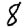
Digit: 8